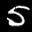
Label: 5